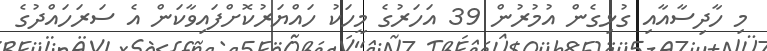
މި ހާދިސާއާއި ގުޅިގެން އުމުރުން 39 އަހަރުގެ މީހަކު ހައްޔަރުކޮށްފައިވާކަން އެ ސަރަހައްދުގެ